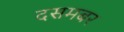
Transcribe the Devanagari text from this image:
दसमबर